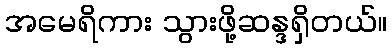
အမေရိကား သွားဖို့ဆန္ဒရှိတယ်။